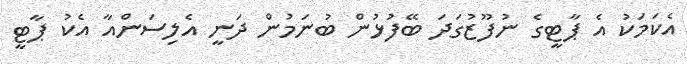
އެކަމަކު އެ ޕާޓީގެ ނުފޫޒުގަދަ ބޭފުޅުން ބުނަމުން ދަނީ އެލިސަންއާ އެކު ޕާޓީ